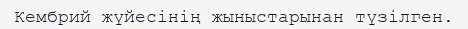
Кембрий жүйесінің жыныстарынан түзілген.